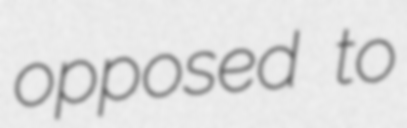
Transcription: opposed to